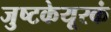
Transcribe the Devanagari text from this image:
जुष्टकेयूरकं